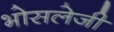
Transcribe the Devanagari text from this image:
भोसलेजी